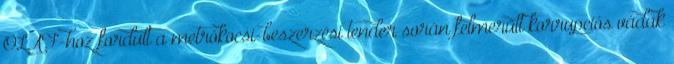
OLAF-hoz fordult a metrókocsi-beszerzési tender során felmerült korrupciós vádak